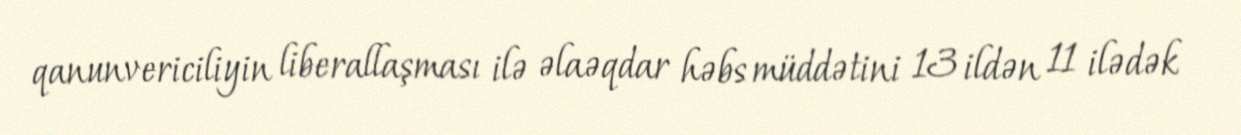
qanunvericiliyin liberallaşması ilə əlaəqdar həbs müddətini 13 ildən 11 ilədək